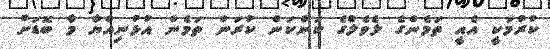
ކުރުމަކީ އެއީ ތަމެންގެ ލެވެލްގެ ކަންކަން ކުރަން ތަމެން އުޅުނިއްޔާ މާ ބޮޑަށް